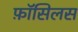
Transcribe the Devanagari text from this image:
फ़ॉसिलस